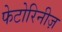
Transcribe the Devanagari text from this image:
फेटोरिनीज़